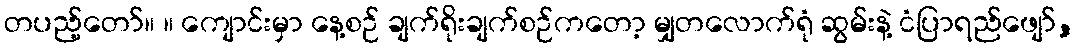
တပည့်တော်။ ။ ကျောင်းမှာ နေ့စဉ် ချက်ရိုးချက်စဉ်ကတော့ မျှတလောက်ရုံ ဆွမ်းနဲ့ ငံပြာရည်ဖျော်,